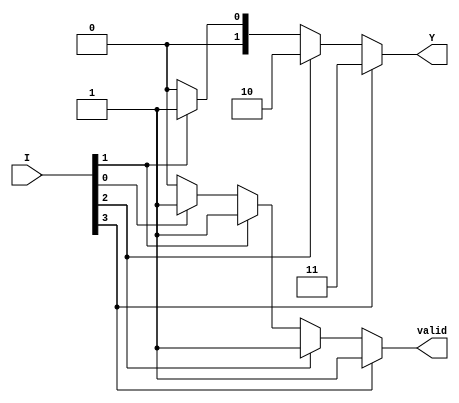
module priority_encoder (
    input [3:0] I,      // 4 input lines
    output reg [1:0] Y, // 2 output lines
    output reg valid     // Indicates if any input is active
);
    
    always @(*) begin
        // Default value
        Y = 2'b00;      // Assume no input is active
        valid = 0;      // Assume no input is valid
        
        // Priority Encoding
        if (I[3]) begin
            Y = 2'b11; // I3 is highest priority
            valid = 1;
        end
        else if (I[2]) begin
            Y = 2'b10; // I2 is second highest priority
            valid = 1;
        end
        else if (I[1]) begin
            Y = 2'b01; // I1 is third highest priority
            valid = 1;
        end
        else if (I[0]) begin
            Y = 2'b00; // I0 is lowest priority
            valid = 1;
        end
    end

endmodule